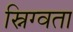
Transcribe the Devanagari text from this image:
स्निग्वता